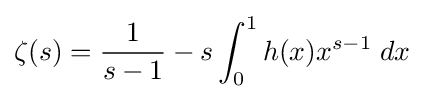
\zeta (s)={\frac {1}{s-1}}-s\int _{0}^{1}h(x)x^{s-1}\;dx